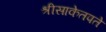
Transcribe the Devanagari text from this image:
श्रीसाकेतपते